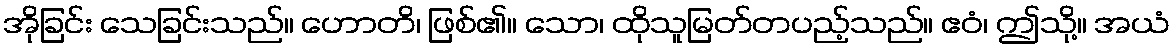
အိုခြင်း သေခြင်းသည်။ ဟောတိ၊ ဖြစ်၏။ သော၊ ထိုသူမြတ်တပည့်သည်။ ဧဝံ၊ ဤသို့။ အယံ